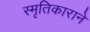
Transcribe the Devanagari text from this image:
स्मृतिकाराने